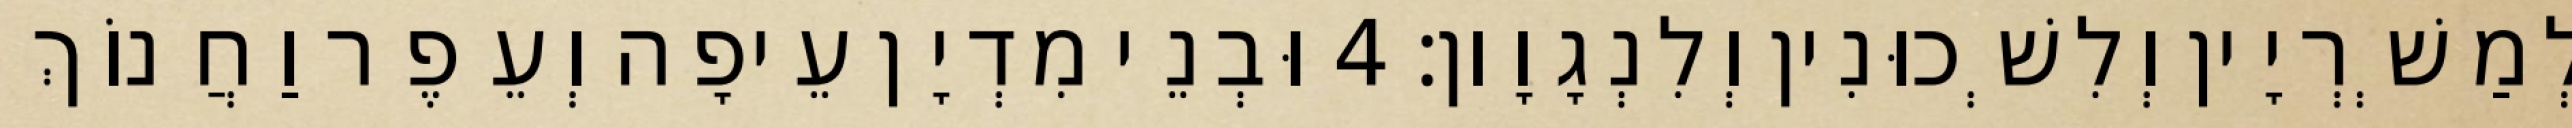
לְמַשְׁרְיָין וְלִשְׁכוּנִין וְלִנְגָוָון׃ 4 וּבְנֵי מִדְיָן עֵיפָה וְעֵפֶר וַחֲנוֹךְ